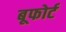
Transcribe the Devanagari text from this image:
बूफोर्ट